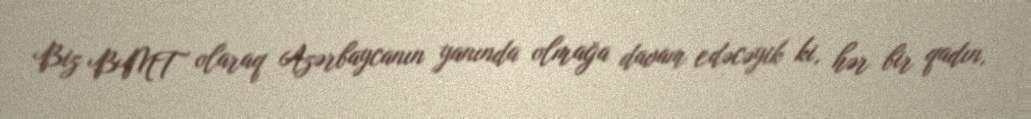
Biz BMT olaraq Azərbaycanın yanında olmağa davam edəcəyik ki, hər bir qadın,